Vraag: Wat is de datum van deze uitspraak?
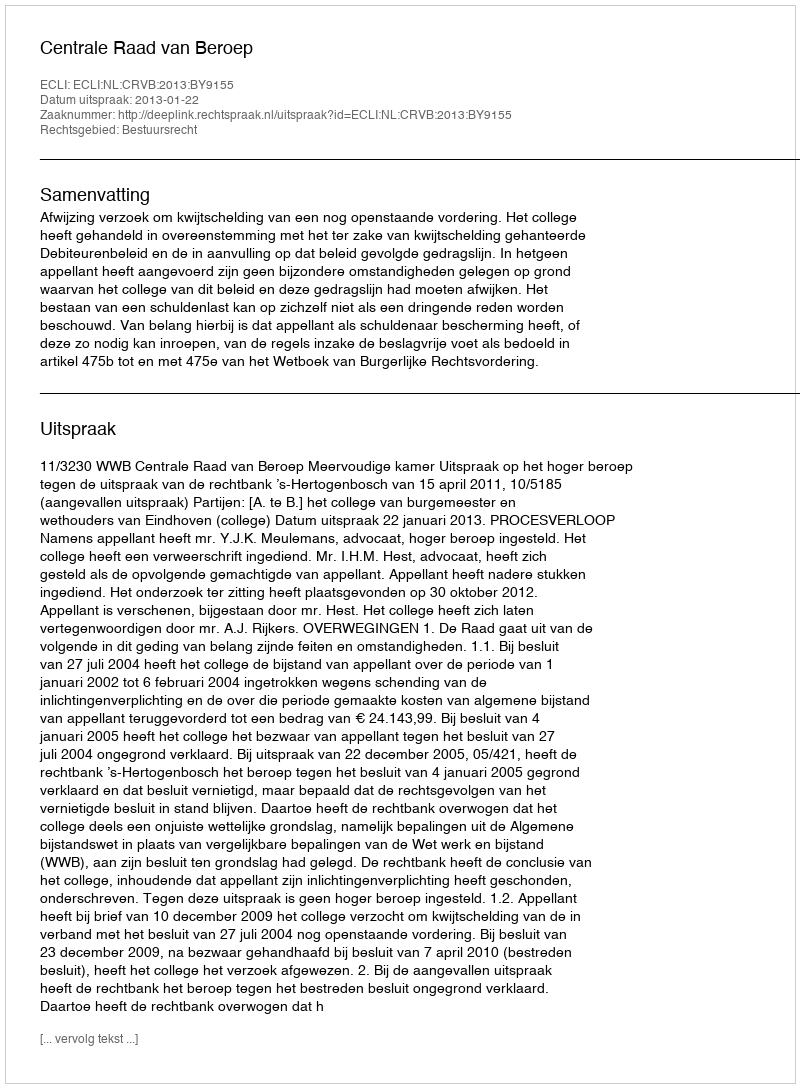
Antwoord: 2013-01-22